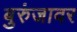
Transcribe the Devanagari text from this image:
बुरुंजावर